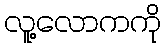
လူ့လောကကို